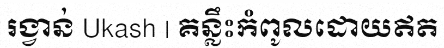
រង្វាន់ Ukash | គន្លឹះកំពូលដោយឥត